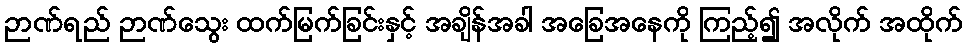
ဉာဏ်ရည် ဉာဏ်သွေး ထက်မြက်ခြင်းနှင့် အချိန်အခါ အခြေအနေကို ကြည့်၍ အလိုက် အထိုက်